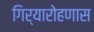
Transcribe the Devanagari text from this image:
गिर्यारोहणास